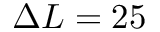
\Delta L = 2 5